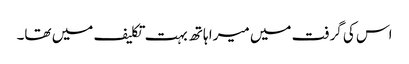
اس کی گرفت میں میرا ہاتھ بہت تکلیف میں تھا۔